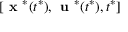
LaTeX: [ { \textbf { x } } ^ { * } ( t ^ { * } ) , { \textbf { u } } ^ { * } ( t ^ { * } ) , t ^ { * } ]